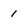
Character: i